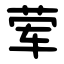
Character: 荤